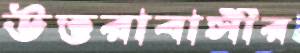
উত্তরাবাসীর